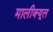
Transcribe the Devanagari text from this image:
मालीक्यूल